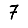
Digit: 7